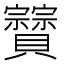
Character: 𧹆